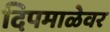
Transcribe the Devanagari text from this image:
दिपमाळेवर